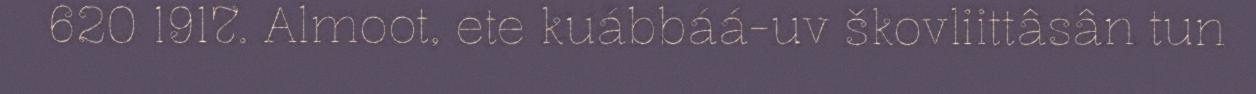
620 1917. Almoot, ete kuábbáá-uv škovliittâsân tun